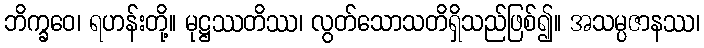
ဘိက္ခဝေ၊ ရဟန်းတို့။ မုဋ္ဌဿတိဿ၊ လွတ်သောသတိရှိသည်ဖြစ်၍။ အသမ္ပဇာနဿ၊